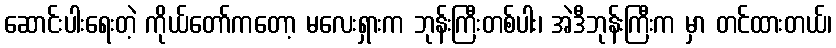
ဆောင်းပါးရေးတဲ့ ကိုယ်တော်ကတော့ မလေးရှားက ဘုန်းကြီးတစ်ပါး၊ အဲဒီဘုန်းကြီးက မှာ တင်ထားတယ်၊